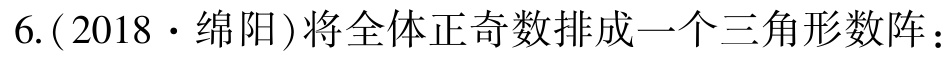
6.(2018·绵阳)将全体正奇数排成一个三角形数阵：